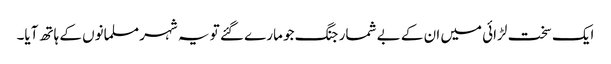
ایک سخت لڑائی میں ان کے بے شمار جنگ جو مارے گئے تو یہ شہر مسلمانوں کے ہاتھ آیا۔